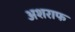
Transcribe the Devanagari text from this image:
अशराफ